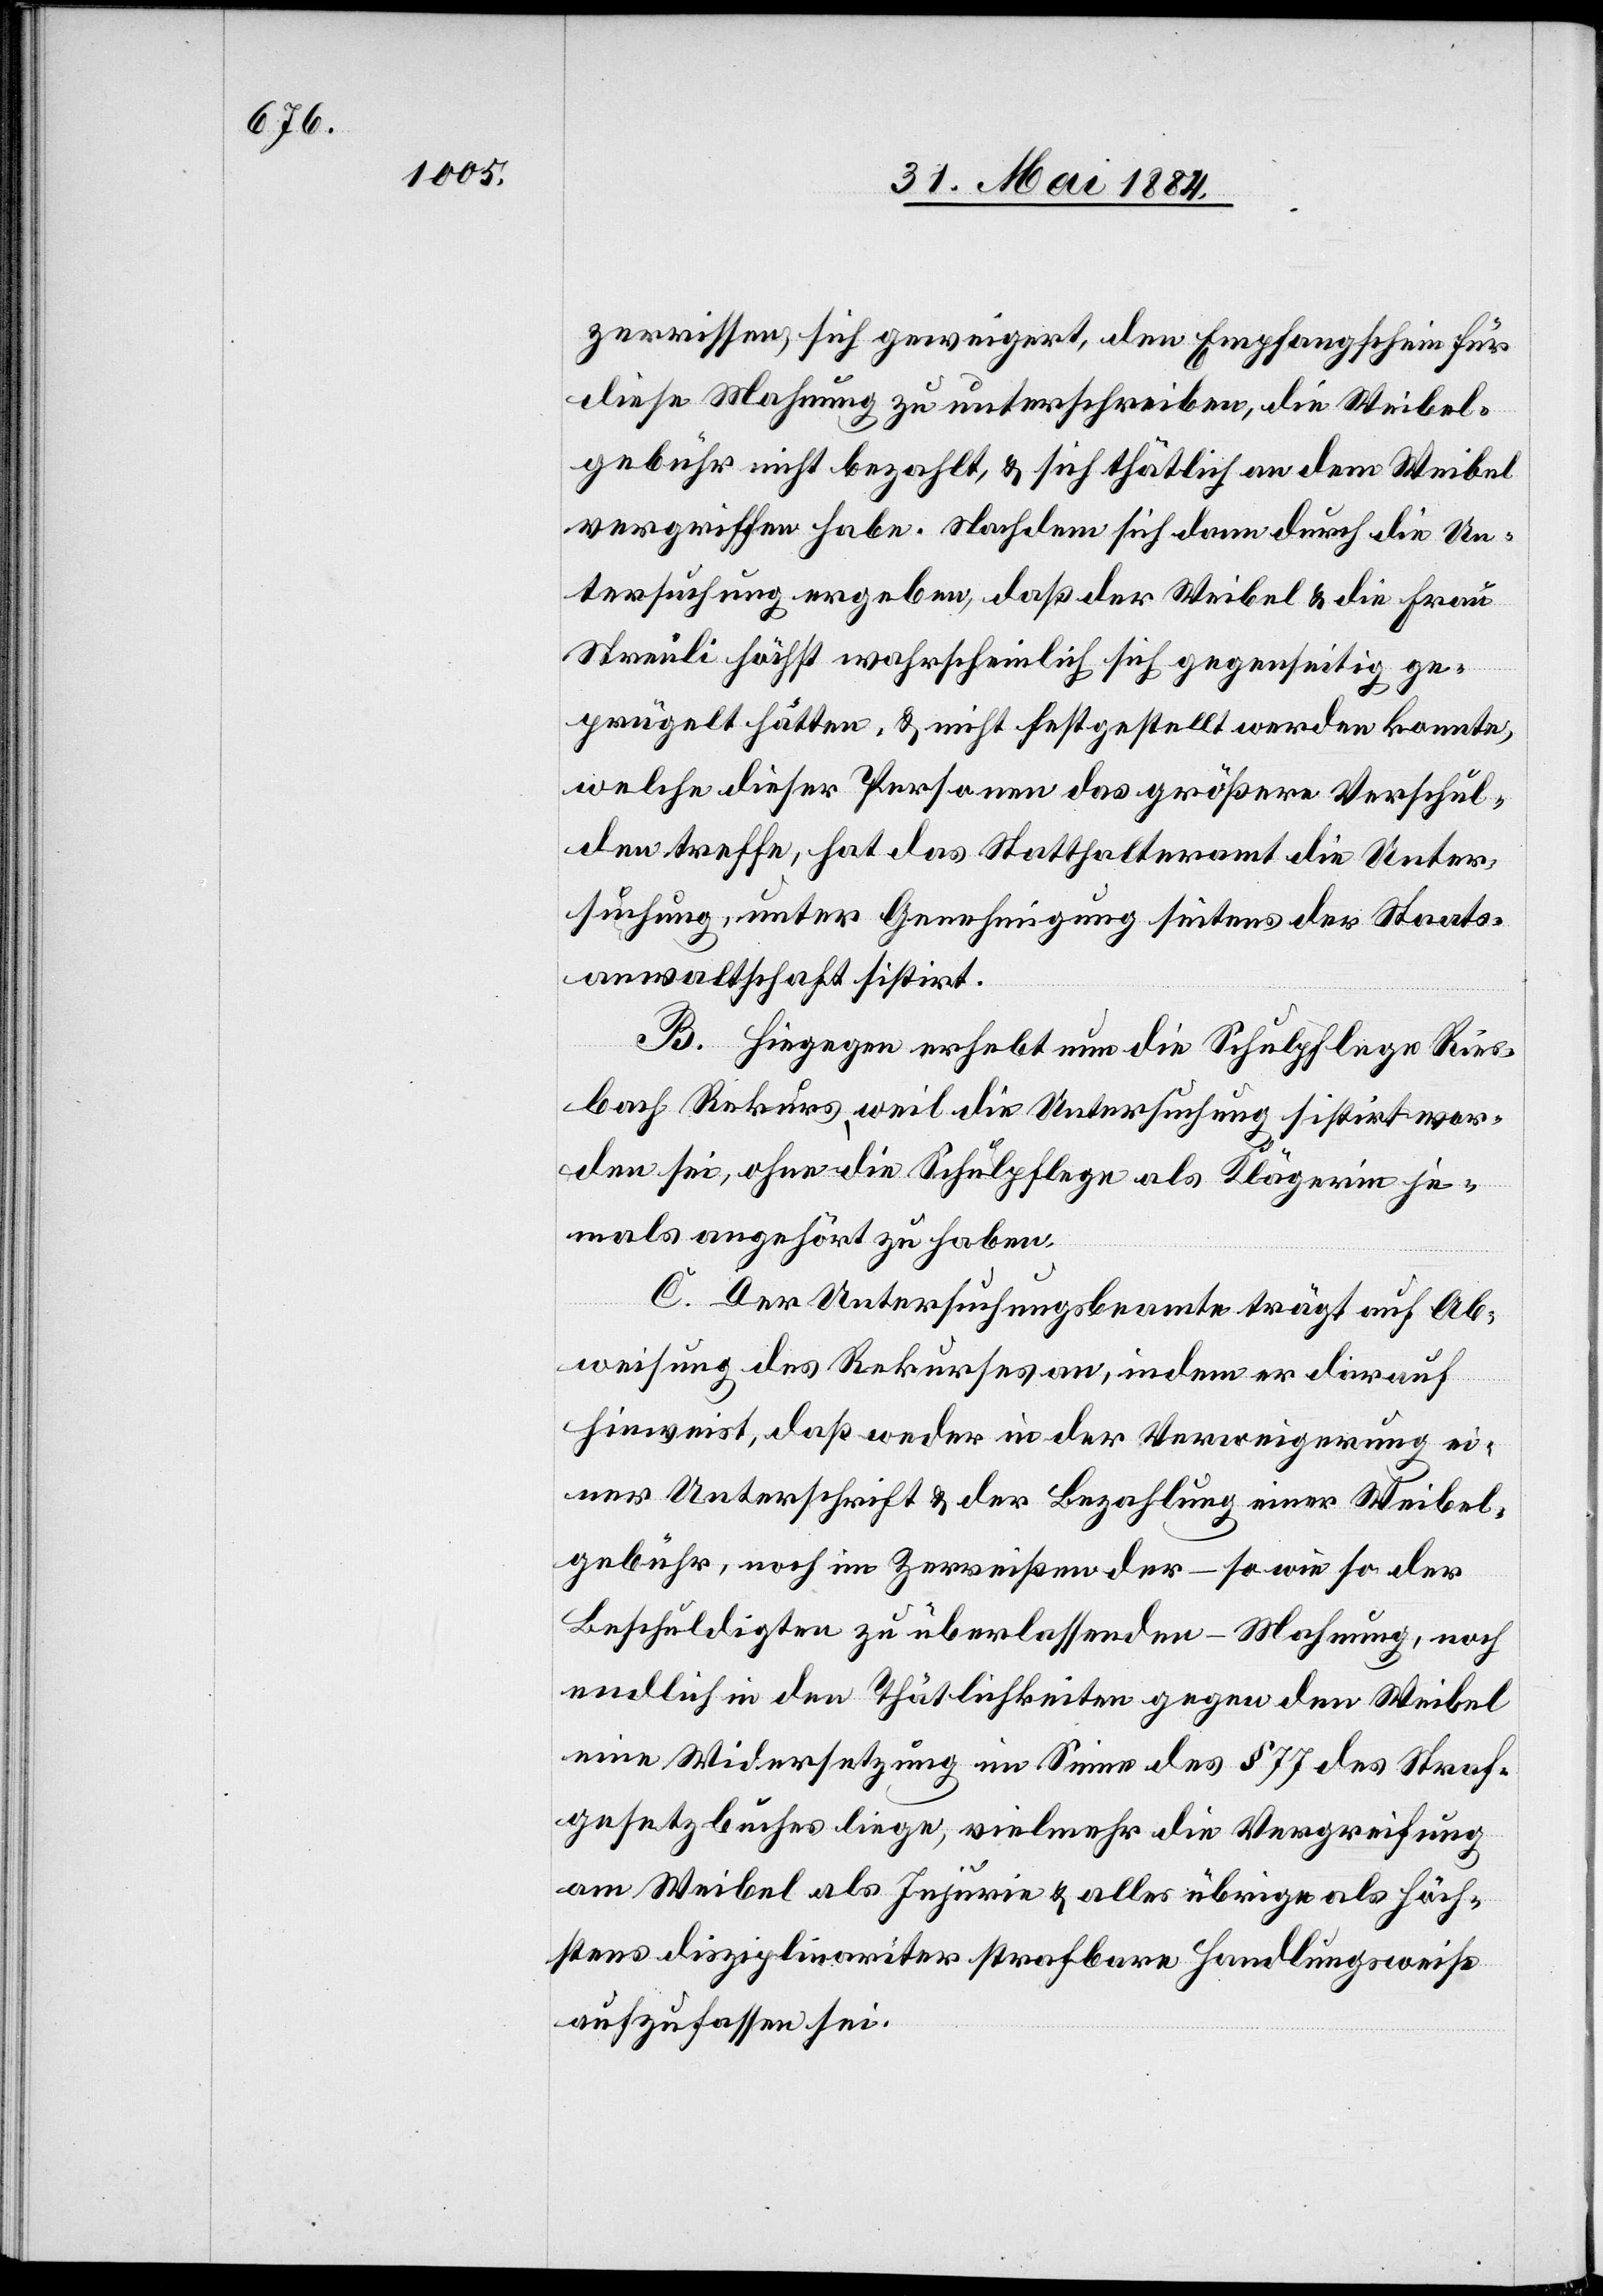
zerrissen, sich geweigert, den Empfangsschein für
diese Mahnung zu unterschreiben, die Weibel¬
gebühr nicht bezahlt, & sich thätlich an dem Weibel
vergriffen habe. Nachdem sich dann durch die Un¬
tersuchung ergeben, daß der Weibel & die Frau
Streuli höchst wahrscheinlich sich gegenseitig ge¬
prügelt hätten, & nicht festgestellt werden konnte,
welche dieser Personen das größere Verschul¬
den treffe, hat das Statthalteramt die Unter¬
suchung, unter Genehmigung seitens der Staats¬
anwaltschaft sistirt.
B. Hiegegen erhebt nun die Schulpflege Ries¬
bach Rekurs, weil die Untersuchung sistirt wor¬
den sei, ohne die Schulpflege als Klägerin je¬
mals angehört zu haben.
C. Der Untersuchungsbeamte trägt auf Ab¬
weisung des Rekurses an, indem er darauf
hinweist, daß weder in der Verweigerung ei¬
ner Unterschrift & der Bezahlung einer Weibel¬
gebühr, noch im Zerreißen der – so wie so der
Beschuldigten zu überlassenden – Mahnung, noch
endlich in den Thätlichkeiten gegen den Weibel
eine Widersetzung im Sinne des § 77 des Straf¬
gesetzbuches liege, vielmehr die Vergreifung
am Weibel als Injurie & alles übrige als höch¬
stens disziplinariter strafbare Handlungsweise
aufzufassen sei.